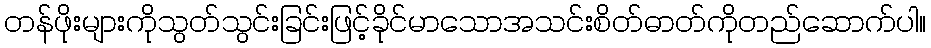
တန်ဖိုးများကိုသွတ်သွင်းခြင်းဖြင့်ခိုင်မာသောအသင်းစိတ်ဓာတ်ကိုတည်ဆောက်ပါ။